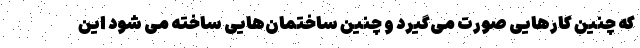
که چنین کارهایی صورت می‌گیرد و چنین ساختمان‌هایی ساخته می شود این